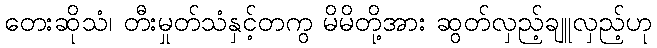
တေးဆိုသံ၊ တီးမှုတ်သံနှင့်တကွ မိမိတို့အား ဆွတ်လှည့်ချူလှည့်ဟု